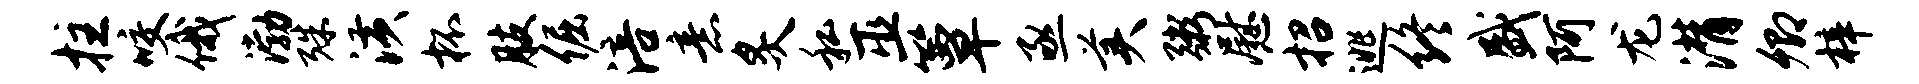
拄咬俄渤殊潢杯肢倔涪意炙私巫簟亟美粥慰招逃终盛阿龙潸卿梓